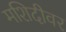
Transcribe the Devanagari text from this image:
मशिदीवर